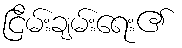
ငြိမ်းချမ်းရေး၏